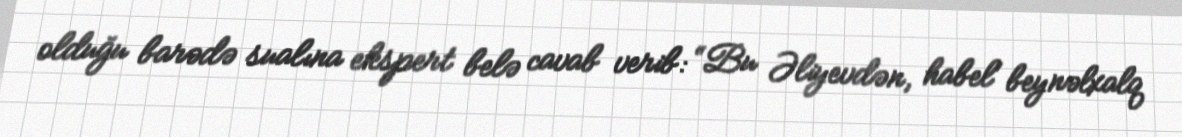
olduğu barədə sualına ekspert belə cavab verib: “Bu Əliyevdən, habel' beynəlxalq